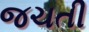
જચતી